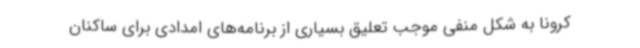
کرونا به شکل منفی موجب تعلیق بسیاری از برنامه‌های امدادی برای ساکنان